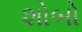
શોબો